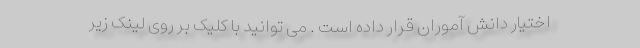
اختیار دانش آموران قرار داده است . می توانید با کلیک بر روی لینک زیر